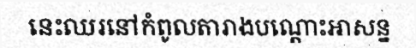
នេះឈរនៅកំពូលតារាងបណ្តោះអាសន្ន